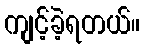
ကျင့်ခဲ့ရတယ်။